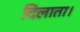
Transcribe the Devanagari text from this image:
दिलाता।